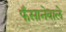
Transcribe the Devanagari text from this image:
फँसानेवाले